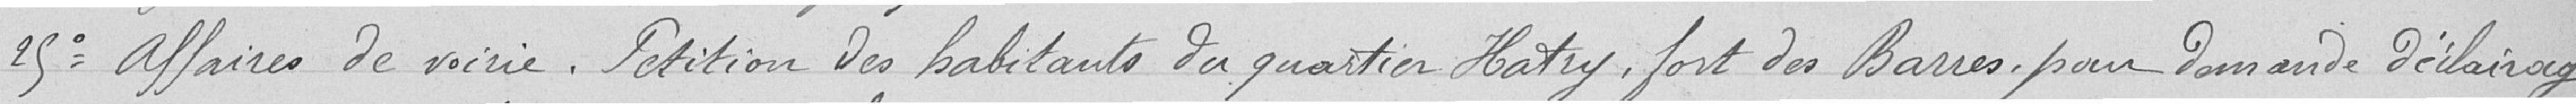
25° Affaires de voirie. Pétition des habitants du quartier Hatry, fort des Barres pour demande d'éclairage.